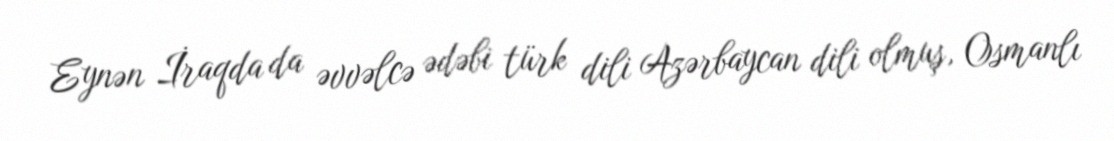
Eynən İraqda da əvvəlcə ədəbi türk dili Azərbaycan dili olmuş, Osmanlı